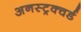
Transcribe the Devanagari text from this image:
अनस्ट्रक्चर्ड